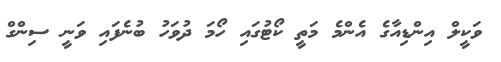
ވަކީލް އިންޑިއާގެ އެންމެ މަތީ ކޯޓުގައި ހޯމަ ދުވަހު ބުނެފައި ވަނީ ސިންގް